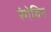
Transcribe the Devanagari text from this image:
रंगेविन